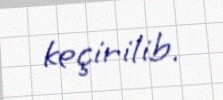
keçirilib.